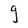
Character: g